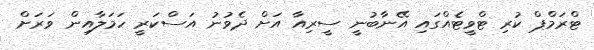
ޓްރަމްޕް ކުރި ޓްވީޓެއްގައި އޭނާބުނީ ސީރިއާ އަށް ދެވުނު އަސްކަރީ ހަމަލާއިން ވަރަށް